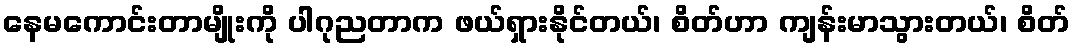
နေမကောင်းတာမျိုးကို ပါဂုညတာက ဖယ်ရှားနိုင်တယ်၊ စိတ်ဟာ ကျန်းမာသွားတယ်၊ စိတ်